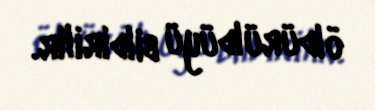
öldürüldüyü bildirilir.